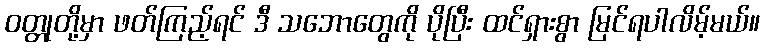
ဝတ္တုတို့မှာ ဖတ်ကြည့်ရင် ဒီ သဘောတွေကို ပိုပြီး ထင်ရှားစွာ မြင်ရပါလိမ့်မယ်။